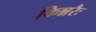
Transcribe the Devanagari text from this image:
किन्नरैः